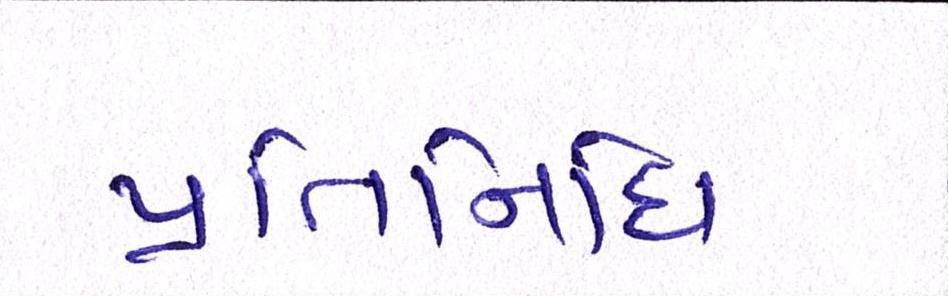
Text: પ્રતિનિધિ